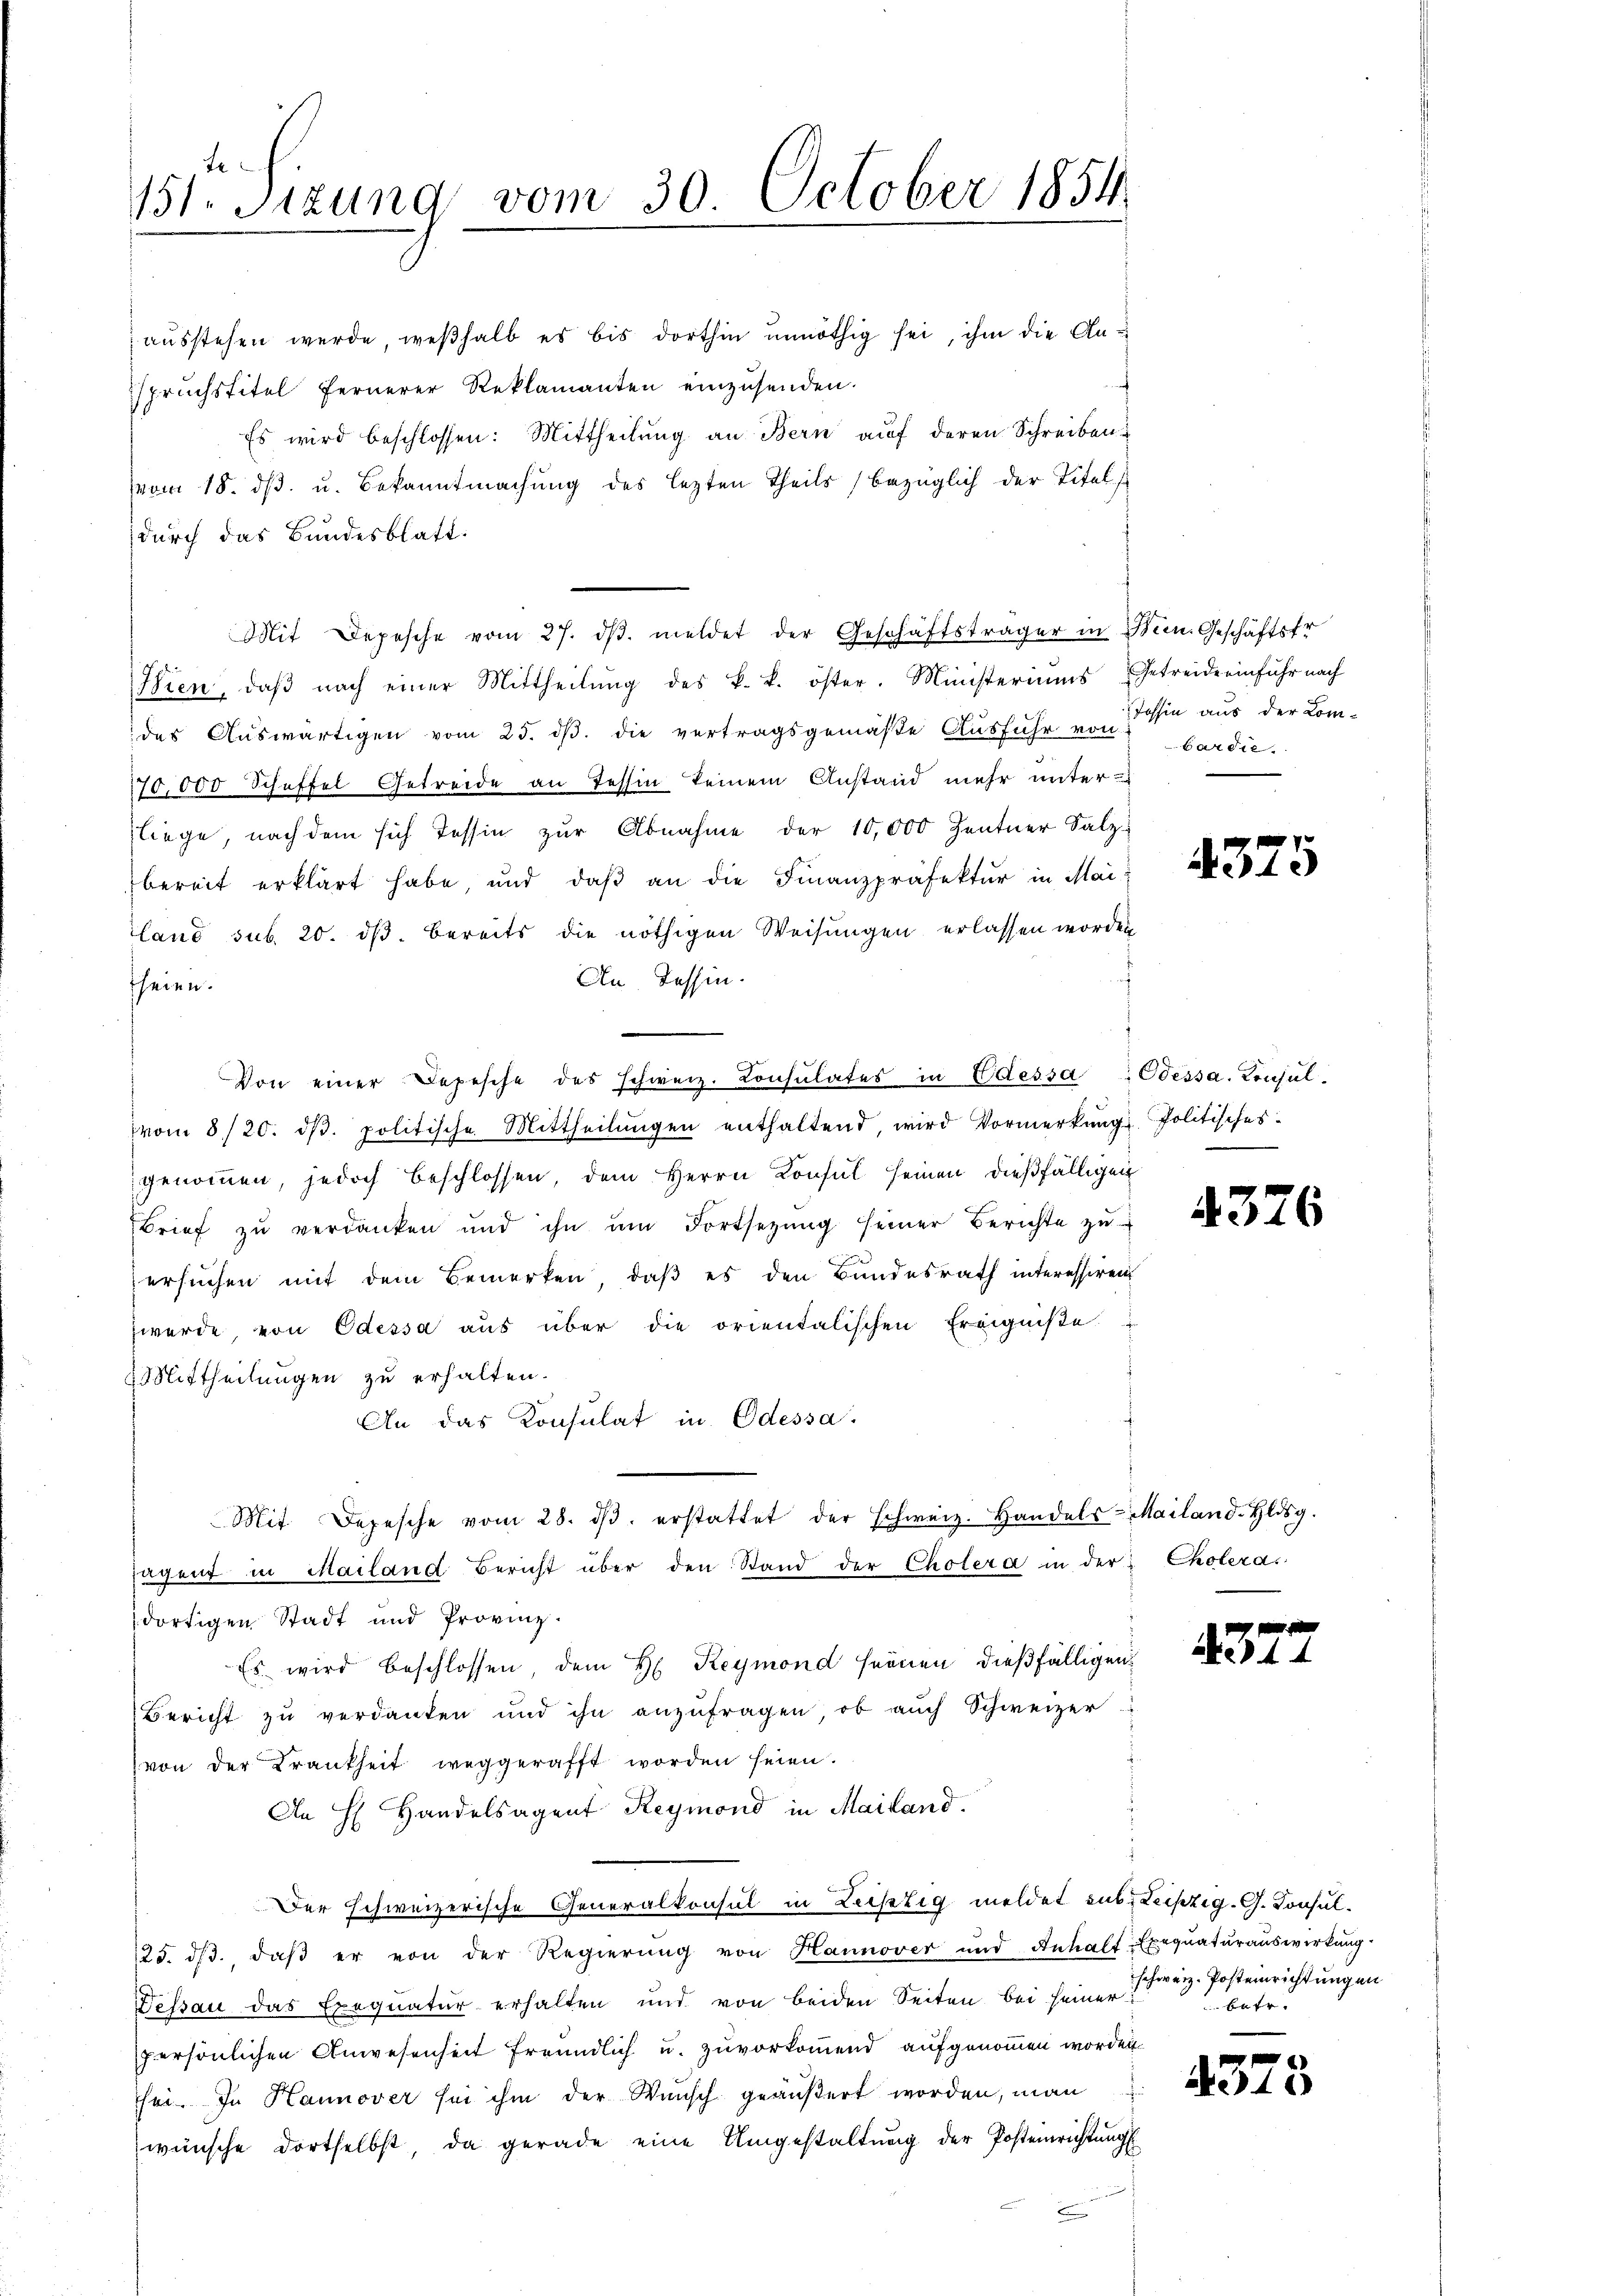
131. Sizung vom 30. October 1854.

ausstehen werde, weßhalb es bis dorthin unnöthig sei, ihm die Anspruchstitel fernerer Reklamanten einzusenden.
Es wird beschlossen: Mittheilŭng an Bern auf deren Schreiben
(vom 18. ds. u. Bekanntmachung des lezten Theils (bezüglich der Titels
durch das Bundesblatt.
Mit Depesche vom 27. dβ. meldet der Geschäftsträger in Nein. Geschäftsfr.
Wien, daβ nach einer Mittheilŭng des k. k. öster. Ministeriums Getreide einfuhr nach
des Auswärtigen vom 25. ds. die vertragsgemäße Ausfuhr u. sohin aus der Com-
170,000 Schaffel Getreide an Tessin keinem Anstand mehr unter
liege, nach dem sich Tessin zŭr Abnahme der 10,000 Zentner Salzbereit erklärt habe und daβ an die Finanzpräfektur in Mai-
land sub. 20. ds. bereits die nöthigen Weisungen erlassen worden
An Tessin.
heien.
Von einer Depesche des schweiz. Consulates in Odessa, Odessa. Konsulvom 8/20. dβ. politische Mittheilŭngen enthaltend, wird Vormerkŭng politisches-
genommen, jedoch beschlossen, dem Herrn Konsul seinen dießfälligen
Brief zu verdanken und ihn ŭm Fortsetzŭng seiner Berichte zŭ
ersuchen mit dem Bemerken, daß es den Bundesrath interessiren
werde, von Odessa aus über die orientalischen Ereigniße
Mittheilungen zu erhalten.
An das Konsulat in Odessa.
Mit Depesche vom 28. dβ. erstattet der schweiz. Handels-Mailand-Hldsg.
sagen in Mailand Bericht über den Stand der Cholera in der Cholera.
dortigen Stadt und Provinz
Es wird beschlossen, dem H. Reymond feinen dießfälligen
Bericht zu verdanken und ihn anzŭfragen, ob auch Schweizer
von der Krankheit weggerafft worden seien.
An H. Handelsagent Reymond in Mailand.
Der schweizerische Generalkonsul in Leistig meldet sub. Leipzig. G. Consul¬
125. dβ. daβ er von der Regierŭng von Hannover und Inhalt Exeqŭatŭraŭswirkung.
Dessau das Exequatur erhalten und von beiden Seiten bei seiner
persönlichen Anwesenheit freundlich u. zuvorkommend aufgenommen worden.
sei. In Hannover sei ihm der Wunsch geäußert worden, man
wünsche dortselbst, da gerade eine Umgestaltung der Posteinrichtŭngs

bardie

4375

4376

4377

schweiz. Posteinrichtungen
betr.

4378